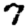
Digit: 7